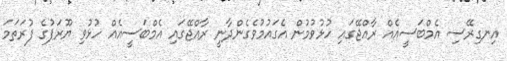
އިނގިރޭސި އެމްބަސީއެއް ރާއްޖޭގައި ހުޅުވުމުން އެގައުމުވެގެންދާނީ ރާއްޖޭގައި އެމްބަސީއެއް ހުޅުވި ޔޫރަޕުގެ ފުރަތަމަ